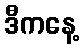
ဒီကနေ့